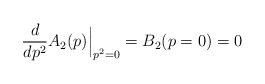
\begin{align*}\frac{d}{dp^2} A_2 (p)\Big|_{p^2=0} = B_2 (p=0) = 0 \end{align*}